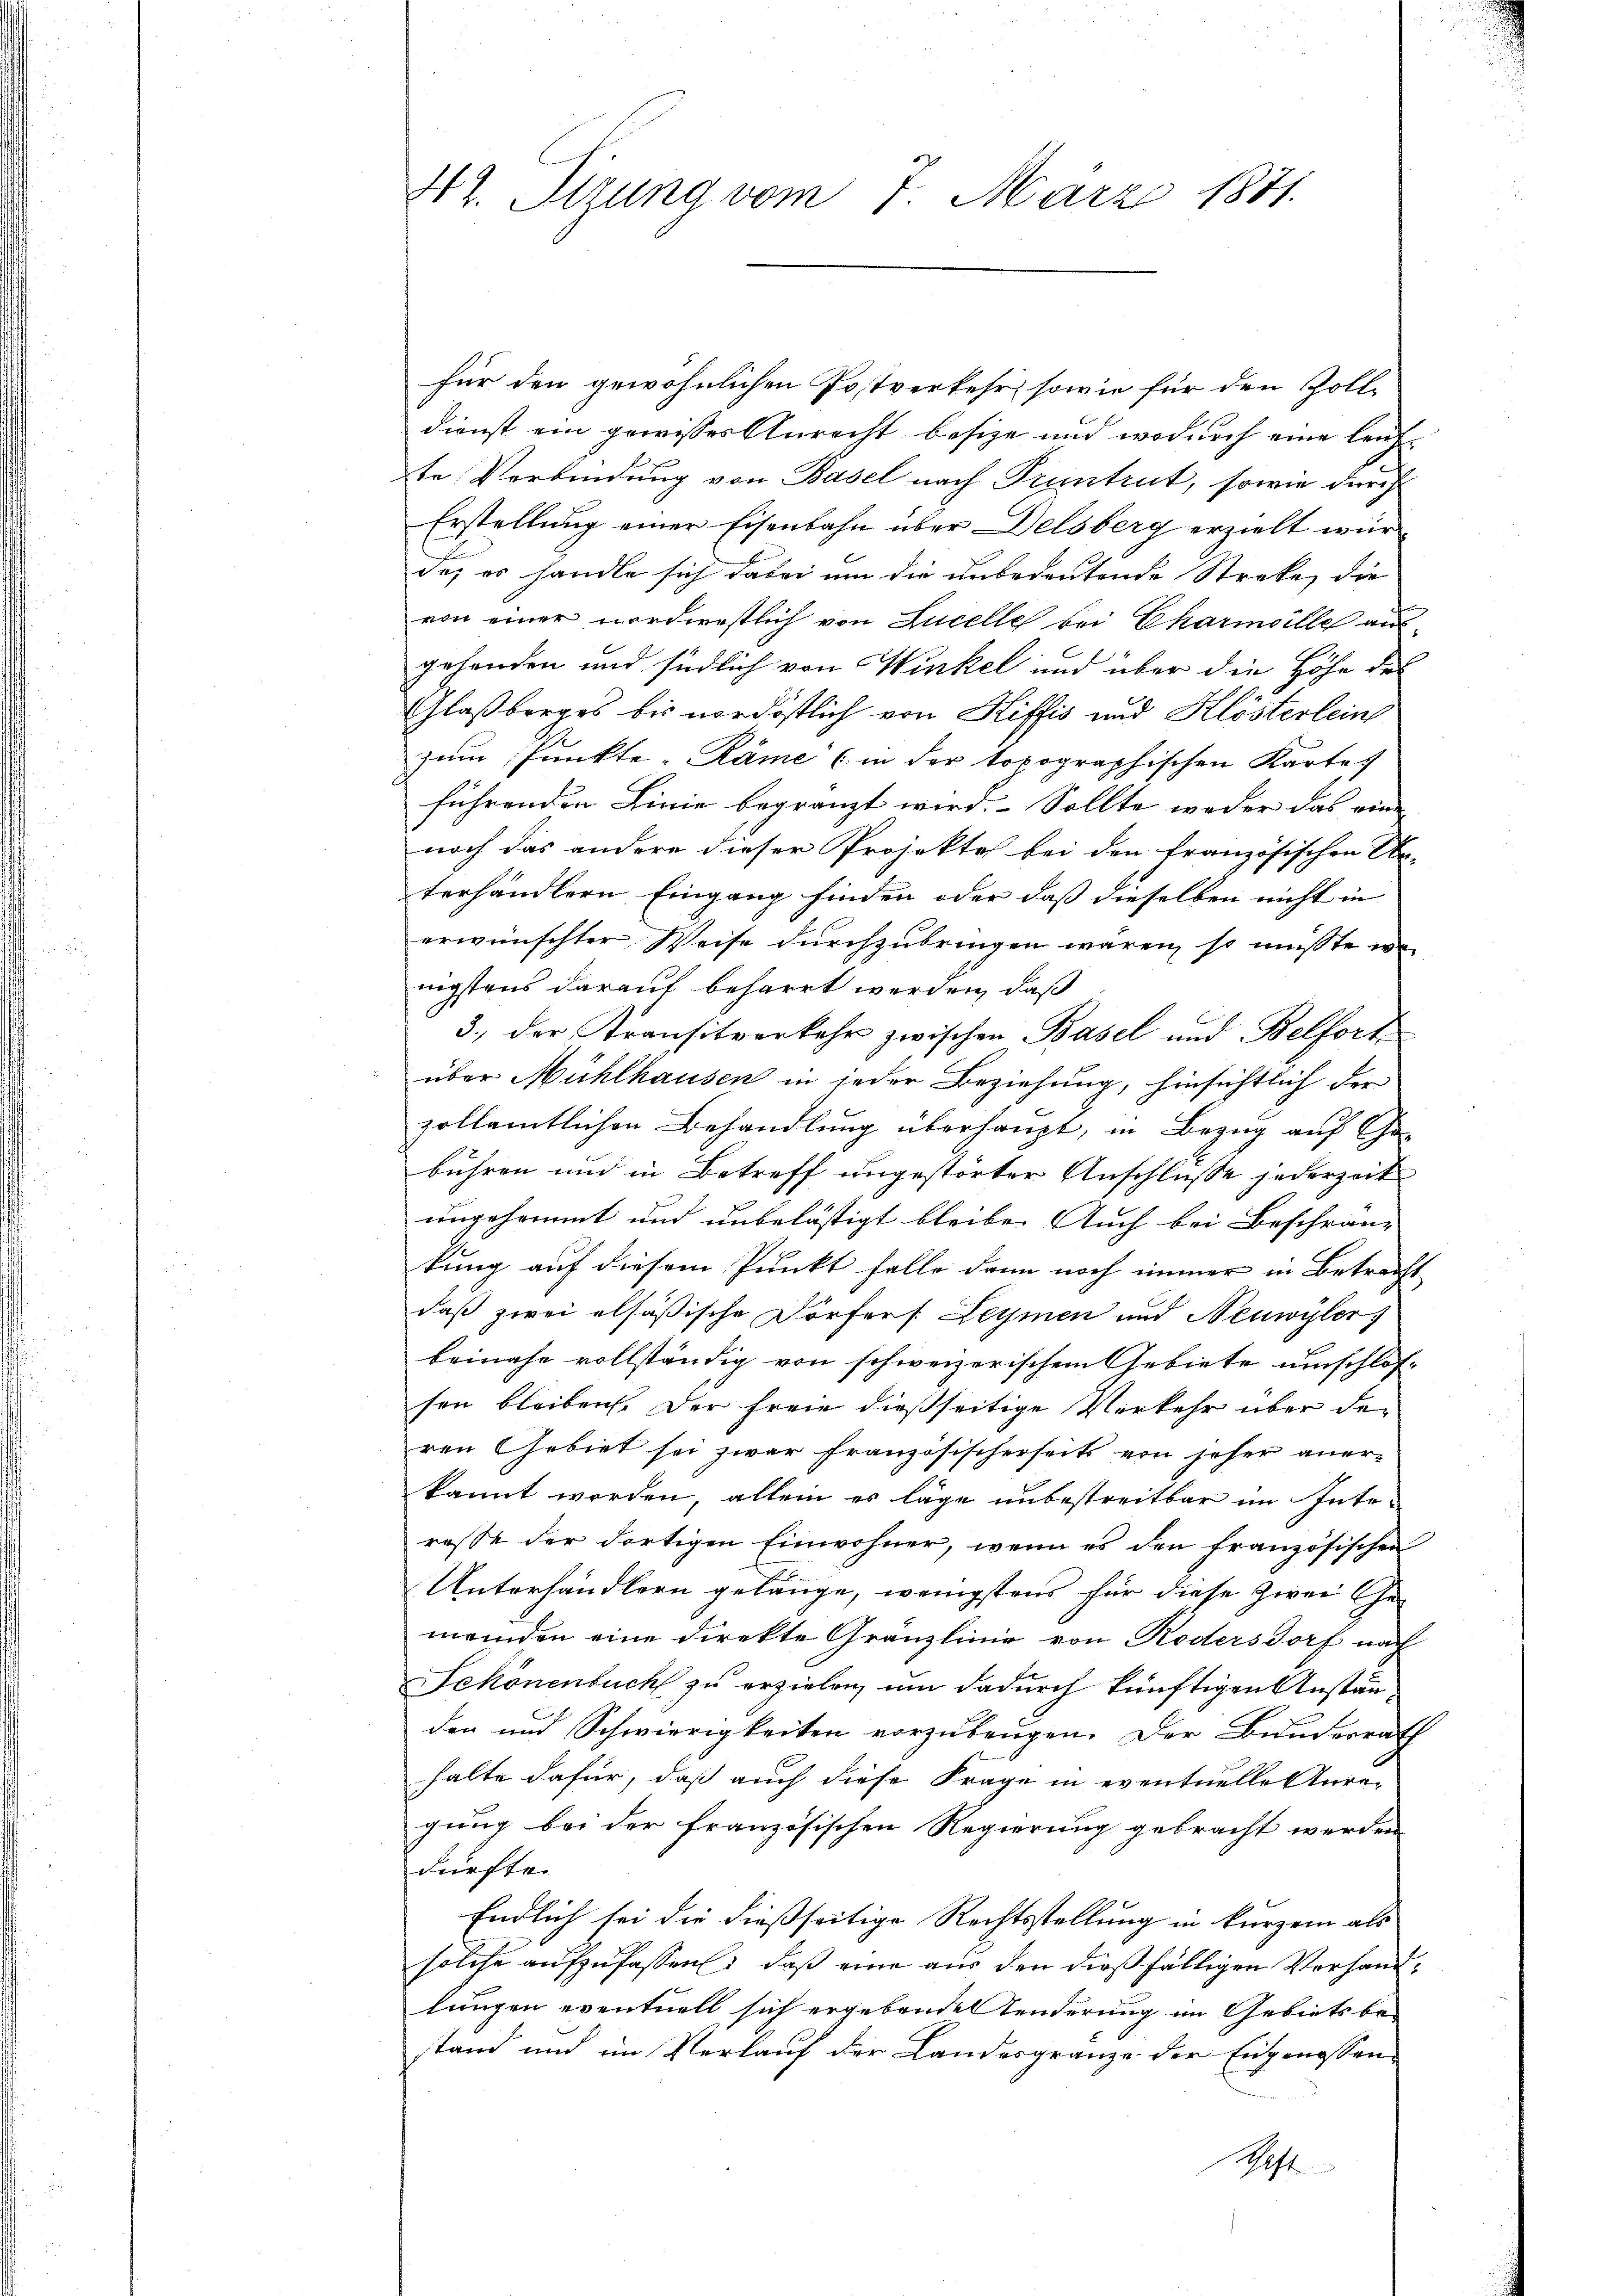
42. Sizung vom 7. März 1871.

für den gewöhnlichen Postverkehr, sowie für den Zolldienst ein gewisses Anrecht besize und wodurch eine leuchte Verbindung von Basel nach Pruntrut, sowie durch
Erstellung einer Eisenbahn über Delsberg erzielt würde; es handle sich dabei um die unbedeutende Streke, die
von einer nordwestlich von Lucelle bei Charmoille ausgehanden und südlich von Winkel und über die Höhe des
1.
Glaßberges bis nordöstlich von Hiffis und Klösterlein
zum Punkte-Räme (in der topographischen Karte
führenden Linie begränzt wird. Sollte weder das eine
noch das andere dieser Projekte bei den französischen Be-
terhändlern Eingang finden oder daß dieselben nicht in
erwünschter Weise durchzubringen wären, so müsste wei
nigstens darauf beharrt werden, daß
3., der Transitverkehr zwischen Basel und Belfort
über Mühlhausen in jeder Beziehung, hinsichtlich der
zollamtlichen Behandlung überhaupt, in Bezug auf Gebühren und in Betreff ungestörter Anschlusse jederzeit
ungesammt und unbelästigt bleibe. Auch bei Beschrän-
kung auf diesem Punkt falle dann noch immer in Betracht
daß zwei alsäßische Dörfers Leymen und Neuwyler
beinahe vollständig von schweizerischem Gebiete umschlos-
sen bleiben. Der freie dießseitige Verkehr über den
ren Gebiet sei zwar französischerseits von jeher aner-
kannt worden, allein es läge unbestreitbar im Interesse der dortigen Einwohner, wenn es den französischen
Unterhändlern gelänge, wenigstens für diese Zwei Ge-
meinden eine direkte Granzlinie von Rödersdorf nach
Schönenbuch zu erzielen, um dadurch künftigen Anständen und Schwierigkeiten vorzubeugen. Der Bunderrath
halte dafür, daß auch diese Frage in eventuelle Anre-
gung bei der französischen Regierung gebracht werden
dürfte.
Endlich sei die dießseitige Rechtsstellung in kurzem als
solche aufzufassen, daß eine aus den dießfälligen Vorhandlungen eventuell sich ergebende Tenderung im Gebiets be-
stand und im Verlauf der Landesgränze der Eigenossen
Schaft